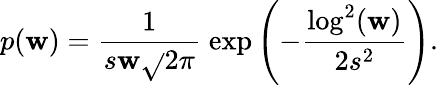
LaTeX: p(\mathbf{w})=\frac{{1}}{{s\mathbf{w}\sqrt{}{{2\pi}}}}\; \mathrm{{exp}}\left(-\frac{{\mathrm{{log}}^{2}(\mathbf{w})}}{{2s^{2}}}\right).